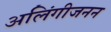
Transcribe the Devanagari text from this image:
अलिंगीजनन